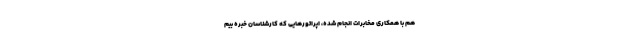
هم با همکاری مخابرات انجام شده، اپراتورهایی که کارشناسان خبره بیم